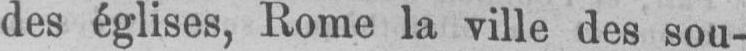
des églises, Rome la ville des sou-